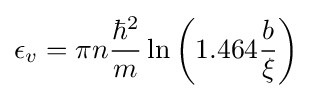
\epsilon _{v}=\pi n{\frac {\hbar ^{2}}{m}}\ln \left(1.464{\frac {b}{\xi }}\right)